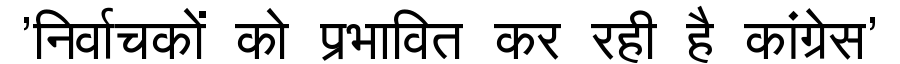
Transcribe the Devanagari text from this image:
'निर्वाचकों को प्रभावित कर रही है कांग्रेस'